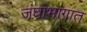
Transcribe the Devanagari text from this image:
जंघाभागात